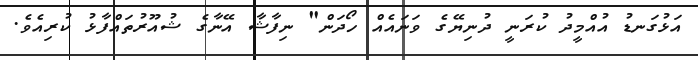
އަޅުގަނޑު އުއްމީދު ކުރަނީ ދުނިޔޭގެ ވަނައެއް ހޯދަން" ނިފާޝާ އޭނާގެ ޝުއޫރުތައްފާޅު ކުރިއެވެ.